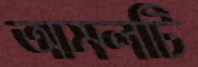
আমলটি